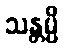
သန္တမ္ပိ